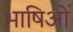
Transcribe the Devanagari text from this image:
भाषिओं